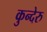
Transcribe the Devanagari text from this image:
कुन्देरु